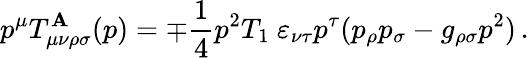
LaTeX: p^{\mu}T_{\mu\nu\rho\sigma}^{\mathbf{A}}(p)=\mp\frac{{1}}{{4}}p^{2}T_{1}\ \varepsilon_{\nu\tau}p^{\tau}(p_{\rho}p_{\sigma}-g_{\rho\sigma}p^{2})\, .